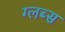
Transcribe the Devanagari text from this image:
ग्लब्स